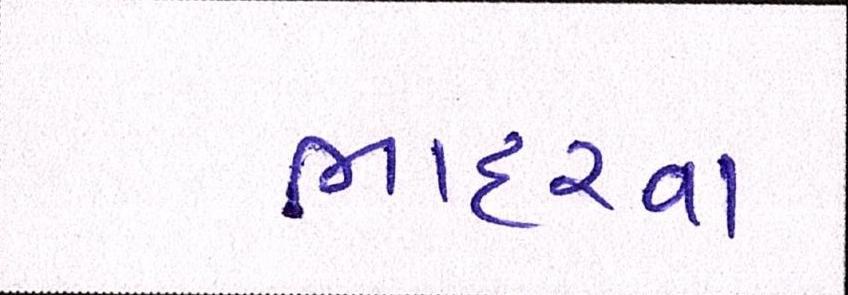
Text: ભાદરવા